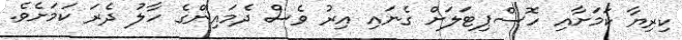
ކިރިޔާ ކަމަށާއި ހޮސްޕިޓަލަށް ގެނައި އިރު ވެސް ދެމައިންގެ ހާލު ދެރަ ކަމަށެވެ.